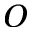
O